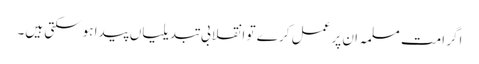
اگر امت مسلمہ ان پر عمل کر ے تو انقلابی تبدیلیاں پیدا ہوسکتی ہیں۔